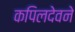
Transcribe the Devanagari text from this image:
कपिलदेवने